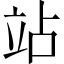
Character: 站